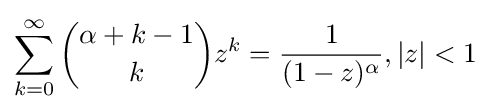
\sum _{k=0}^{\infty }{{\alpha +k-1} \choose k}z^{k}={\frac {1}{(1-z)^{\alpha }}},|z|<1